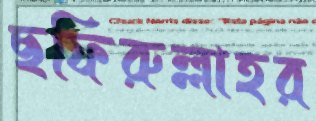
ছফিরুল্লাহর